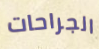
الجراحات